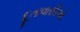
દૂતાવાસીઓ